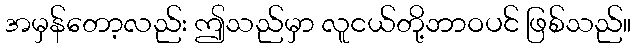
အမှန်တော့လည်း ဤသည်မှာ လူငယ်တို့ဘာဝပင် ဖြစ်သည်။